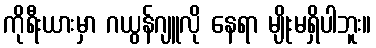
ကိုရီးယားမှာ ဂယွန်ဂျူလို နေရာ မျိုးမရှိပါဘူး။